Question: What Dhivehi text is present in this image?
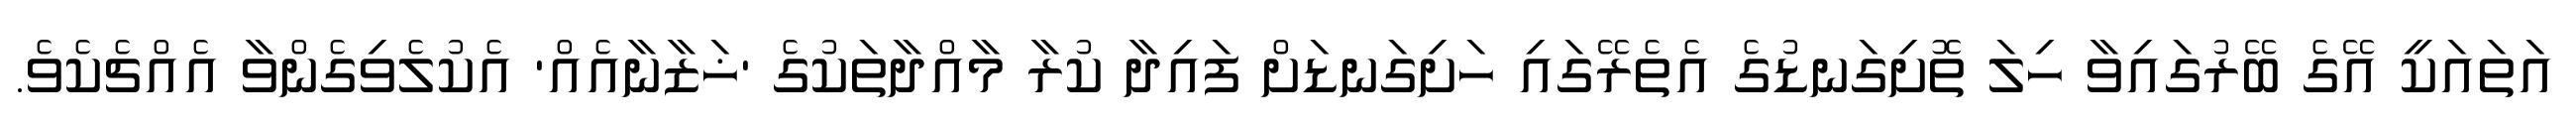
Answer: އަތައަކީ އޭގެ ބޭރުގައިވާ ހިލަ ތޮށިގަނޑުގެ އެތެރޭގައި ހަށިގަނޑަށް ފައިދާ ކުރާ މާއްދާތަކުގެ 'ޚަޒާނާއެއް' އެކުލެވިގެންވާ އެއްޗެކެވެ.